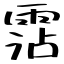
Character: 霑